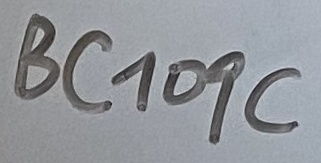
Text: VC109C